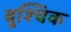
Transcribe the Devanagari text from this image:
वृ्श्चिक